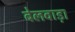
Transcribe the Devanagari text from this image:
बेलवाड़ा